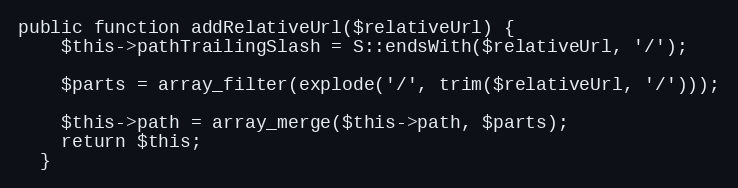
Language: PHP
public function addRelativeUrl($relativeUrl) {
    $this->pathTrailingSlash = S::endsWith($relativeUrl, '/');

    $parts = array_filter(explode('/', trim($relativeUrl, '/')));

    $this->path = array_merge($this->path, $parts);
    return $this;
  }